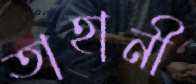
তাহানী